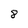
Character: 8